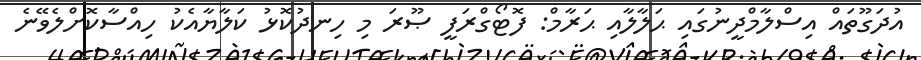
އުދަގޫތައް އިސްލާމްދީނުގައި ޙަލާލާއި ޙަރާމް: ފޮޓޯގްރަފީ ޞޫރަ މި ހިނދުކޮޅު ކަލާޔާއެކު ހިއްސާކޮށްލެވޭނެ